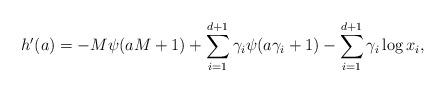
LaTeX: \begin{align*} h'(a) = - M\psi(aM+1) + \sum_{i=1}^{d+1} \gamma_i \psi(a \gamma_i + 1) - \sum_{i=1}^{d+1} \gamma_i \log x_i, \end{align*}